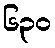
၆၃၀